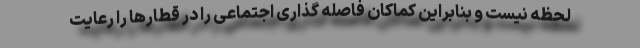
لحظه نیست و بنابراین کماکان فاصله گذاری اجتماعی را در قطارها را رعایت